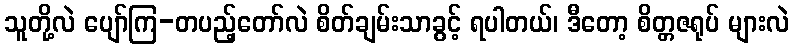
သူတို့လဲ ပျော်ကြ-တပည့်တော်လဲ စိတ်ချမ်းသာခွင့် ရပါတယ်၊ ဒီတော့ စိတ္တဇရုပ် များလဲ